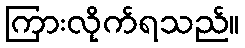
ကြားလိုက်ရသည်။